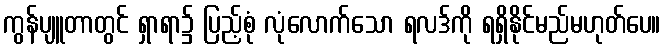
ကွန်ပျူတာတွင် ရှာရာ၌ ပြည့်စုံ လုံလောက်သော ရလဒ်ကို ရရှိနိုင်မည်မဟုတ်ပေ။